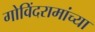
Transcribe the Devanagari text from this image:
गोविंदरामांच्या